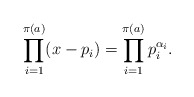
\begin{align*} \prod_{i = 1}^{\pi(a)} (x - p_i) = \prod_{i = 1}^{\pi(a)}p_i^{\alpha_i}. \end{align*}